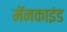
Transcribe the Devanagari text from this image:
मॅनकाइंड